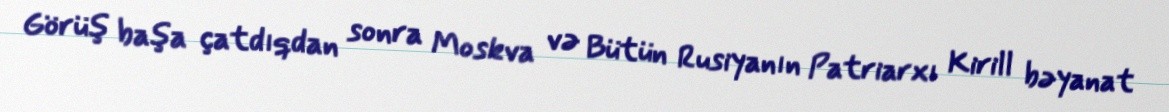
Görüş başa çatdıqdan sonra Moskva və Bütün Rusiyanın Patriarxı Kirill bəyanat